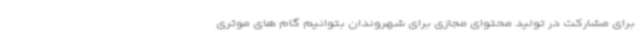
برای مشارکت در تولید محتوای مجازی برای شهروندان بتوانیم گام های موثری